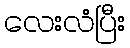
လေးလံပြီး